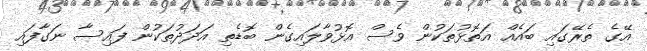
އޭގެ ތެރޭގައި ބައެއް އަތޮޅުތަކުން ވެސް އޮޅުވާލައިގެން ބޮޑެތި އަދަދުތަކުން ފައިސާ ނަގާފައި